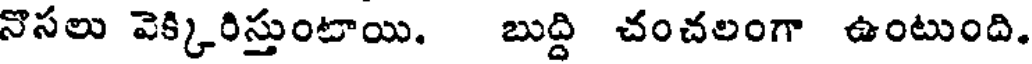
నొసలు వెక్కిరిస్తుంటాయి. బుద్ది చంచలంగా ఉంటుంది.